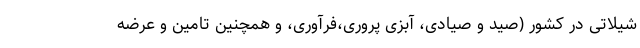
شیلاتی در کشور (صید و صیادی، آبزی پروری،فرآوری، و همچنین تامین و عرضه